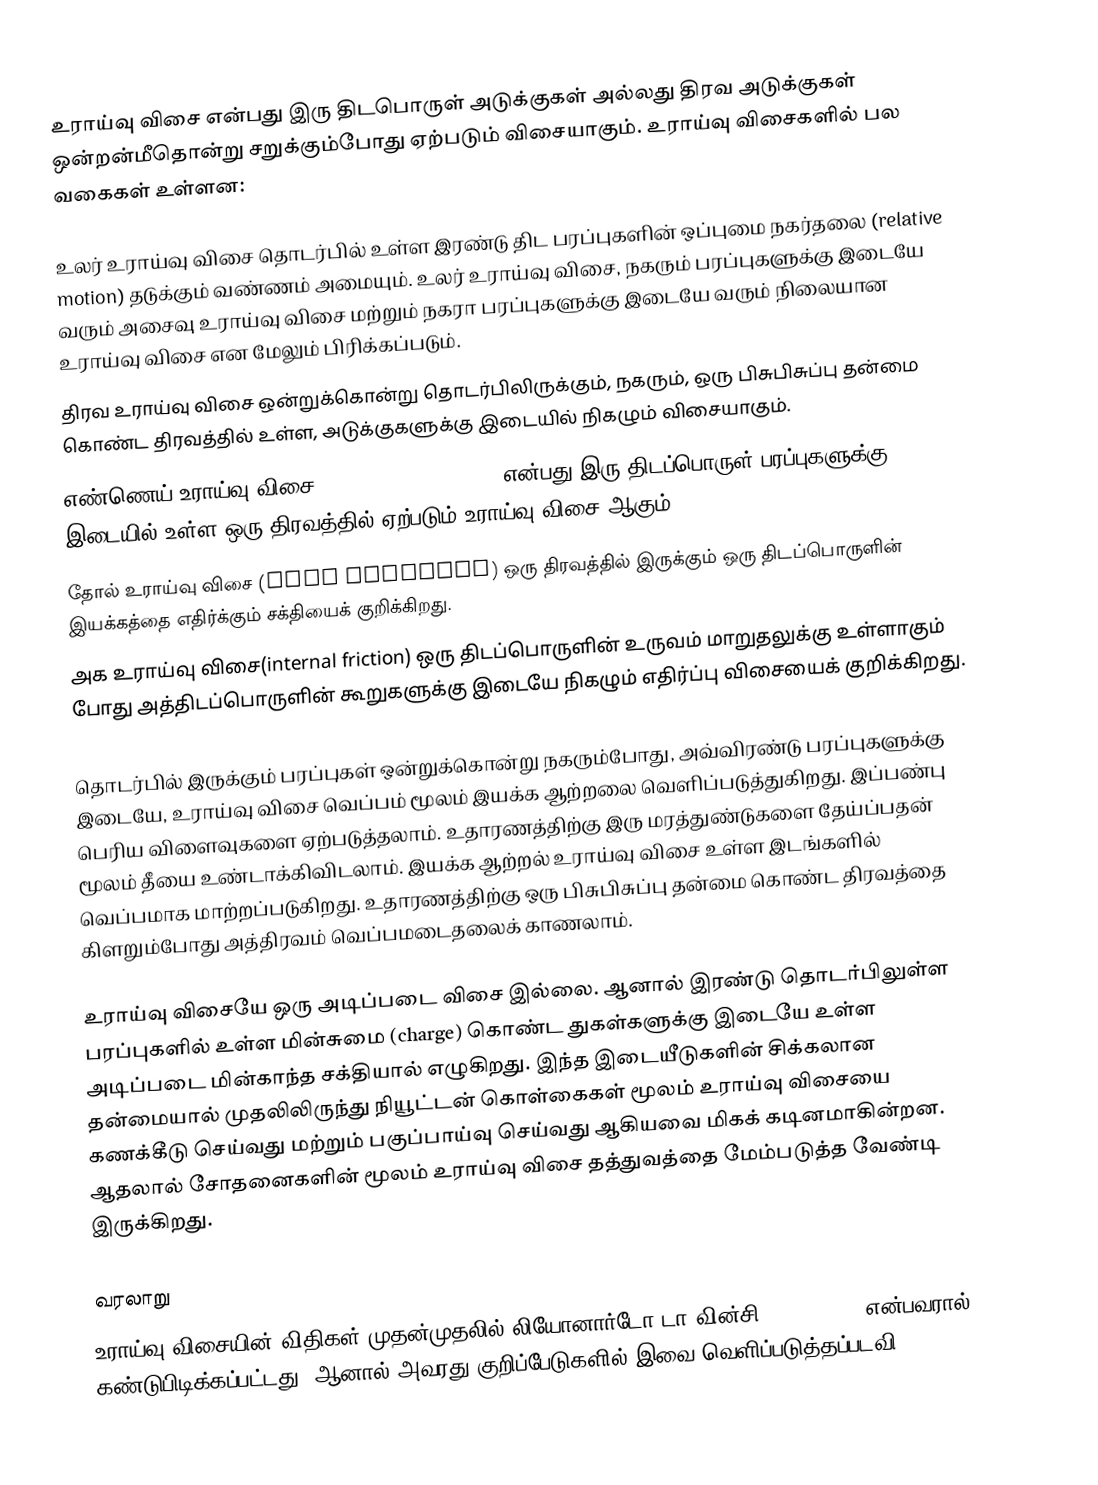
உராய்வு விசை என்பது இரு திடபொருள் அடுக்குகள் அல்லது திரவ அடுக்குகள் ஒன்றன்மீதொன்று சறுக்கும்போது ஏற்படும் விசையாகும். உராய்வு விசைகளில் பல வகைகள் உள்ளன:

	உலர் உராய்வு விசை தொடர்பில் உள்ள இரண்டு திட பரப்புகளின் ஒப்புமை நகர்தலை (relative motion) தடுக்கும் வண்ணம் அமையும். உலர் உராய்வு விசை, நகரும் பரப்புகளுக்கு இடையே வரும் அசைவு உராய்வு விசை மற்றும் நகரா பரப்புகளுக்கு இடையே வரும் நிலையான உராய்வு விசை என மேலும் பிரிக்கப்படும்.
	திரவ உராய்வு விசை ஒன்றுக்கொன்று தொடர்பிலிருக்கும், நகரும், ஒரு பிசுபிசுப்பு தன்மை கொண்ட திரவத்தில் உள்ள, அடுக்குகளுக்கு இடையில் நிகழும் விசையாகும்.
	எண்ணெய் உராய்வு விசை (lubricated friction) என்பது இரு திடப்பொருள் பரப்புகளுக்கு இடையில் உள்ள ஒரு திரவத்தில் ஏற்படும் உராய்வு விசை ஆகும்.
	தோல் உராய்வு விசை (skin friction) ஒரு திரவத்தில் இருக்கும் ஒரு திடப்பொருளின் இயக்கத்தை எதிர்க்கும் சக்தியைக் குறிக்கிறது.
	அக உராய்வு விசை(internal friction) ஒரு திடப்பொருளின் உருவம் மாறுதலுக்கு உள்ளாகும் போது அத்திடப்பொருளின் கூறுகளுக்கு இடையே நிகழும் எதிர்ப்பு விசையைக் குறிக்கிறது.

தொடர்பில் இருக்கும் பரப்புகள் ஒன்றுக்கொன்று நகரும்போது, அவ்விரண்டு பரப்புகளுக்கு இடையே, உராய்வு விசை வெப்பம் மூலம் இயக்க ஆற்றலை வெளிப்படுத்துகிறது. இப்பண்பு பெரிய விளைவுகளை ஏற்படுத்தலாம். உதாரணத்திற்கு இரு மரத்துண்டுகளை தேய்ப்பதன் மூலம் தீயை உண்டாக்கிவிடலாம். இயக்க ஆற்றல் உராய்வு விசை உள்ள இடங்களில் வெப்பமாக மாற்றப்படுகிறது. உதாரணத்திற்கு ஒரு பிசுபிசுப்பு தன்மை கொண்ட திரவத்தை கிளறும்போது அத்திரவம் வெப்பமடைதலைக் காணலாம்.

உராய்வு விசையே ஒரு அடிப்படை விசை இல்லை. ஆனால் இரண்டு தொடர்பிலுள்ள பரப்புகளில் உள்ள மின்சுமை (charge) கொண்ட துகள்களுக்கு இடையே உள்ள அடிப்படை மின்காந்த சக்தியால் எழுகிறது. இந்த இடையீடுகளின் சிக்கலான தன்மையால் முதலிலிருந்து நியூட்டன் கொள்கைகள் மூலம் உராய்வு விசையை கணக்கீடு செய்வது மற்றும் பகுப்பாய்வு செய்வது ஆகியவை மிகக் கடினமாகின்றன. ஆதலால் சோதனைகளின் மூலம் உராய்வு விசை தத்துவத்தை மேம்படுத்த வேண்டி இருக்கிறது.

வரலாறு
உராய்வு விசையின் விதிகள் முதன்முதலில் லியோனார்டோ டா வின்சி (1452-1519) என்பவரால் கண்டுபிடிக்கப்பட்டது. ஆனால் அவரது குறிப்பேடுகளில் இவை வெளிப்படுத்தப்படவி